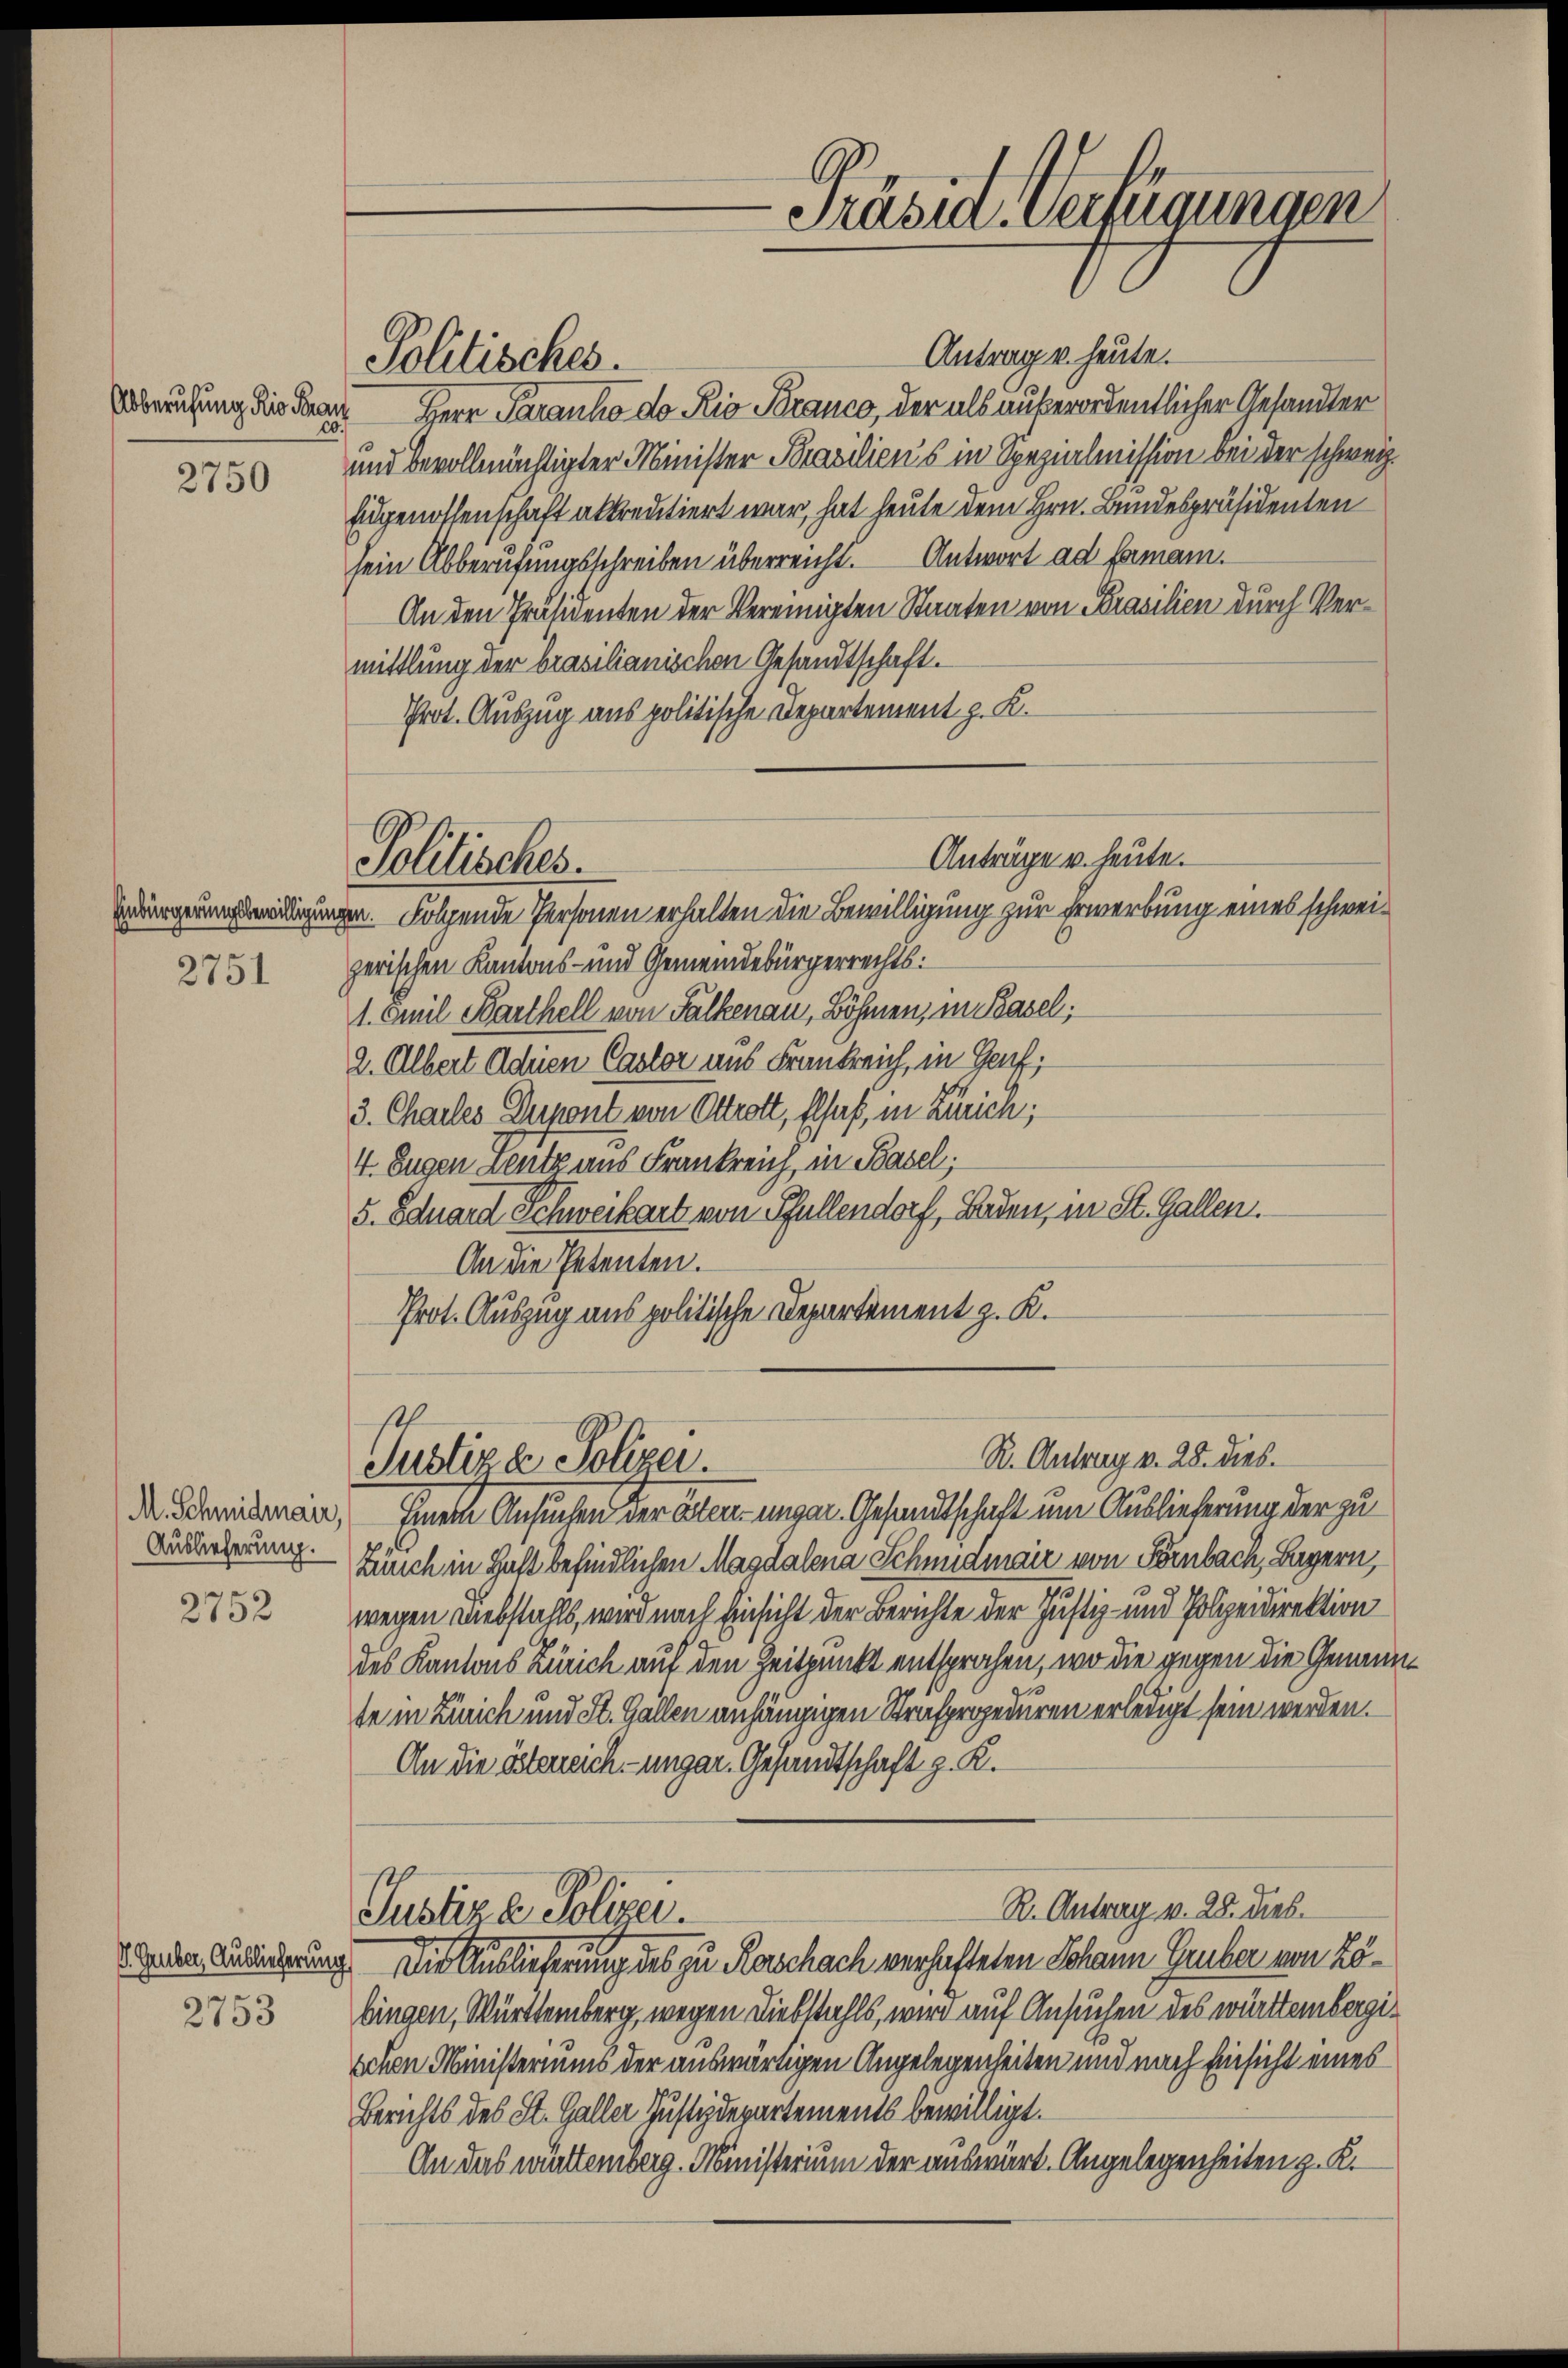
Abberufung Rio Fran

2750

2751

M. Schmidtmair,
Auslieferung.

2752

Antrag u. heute.
Herr Paranho do Rio Branco, der als außerordentlicher Gesandter
und bevollmächtigter Minister Prasiliens in Spezialmission bei der schweiz.
Eigenossenschaft abkreutiert war, hat heute dem Hrn. Bundespräsidenten
sein Abberufungsschreiben überreicht. Antwort ad famann.
An den Präsidenten der Vereinigten Staaten von Brasilien durch Vermittlung der brasilianischen Gesandtschaft.
Prot. Auszug aus politische Departement z. K.

Politisches.

Anträge u. heute.
Politisches.
digungen. Folgende Personen erhalten die Bewilligung zur Erwerbung eines schwei¬

zerischen Kantons- und Gemeindebürgerrechts:
1. Emil Barthell von Falkenau, Böhmen, in Basel;
2. Albert Adrien Castor aus Frankreich, in Genf,
3. Challes Dupont von Ottrott, Elsaß, in Zürich;
4. Eugen Leute aus Frankreich, in Basel;
5. Eduard Schweikart von Pfullendorf, Baden, in St. Gallen.
An die Petenten.
Prot. Auszug aus politische Departement z. K.

R. Antrag v. 28. dies.
Justiz & Polizei.

Präsid. Verfügungen

Einen Ansuchen der Boten unger Gesandtschaft um Auslieferung der zu
Zünch in Haft befindlichen Magdalena Schmidmair von Förnbach, Bayern,
wegen Diebstahls, wird nach Einsicht der Berichte der Justiz- und Polizeidirektion
des Kantons Zürich auf den Zeitpunkt entsprochen, wo die gegen die Gemein
te in Zürich und St. Gallen anhängigen Strafprozeduren erledigt sein werden.
An die österreich-ungar. Gesandtschaft z. K.
R. Antrag v. 28. dies
Justiz & Polizei.
. Jeder Ansiederung. Die Auslieferung des zu Raschach verhafteten Johann Gruber von Lö¬
2733 Eingen, Württemberg, wegen Diebstahls, wird auf Ansuchen des württembergischon Ministeriums der auswärtigen Angelegenheiten und nach Einsicht eines
Berichts des St. Galler Justizdepartements bewilligt.
An das württemberg. Ministerium der auswärt. Angelegenheiten z. K.

t